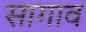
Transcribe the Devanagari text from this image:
सागाव